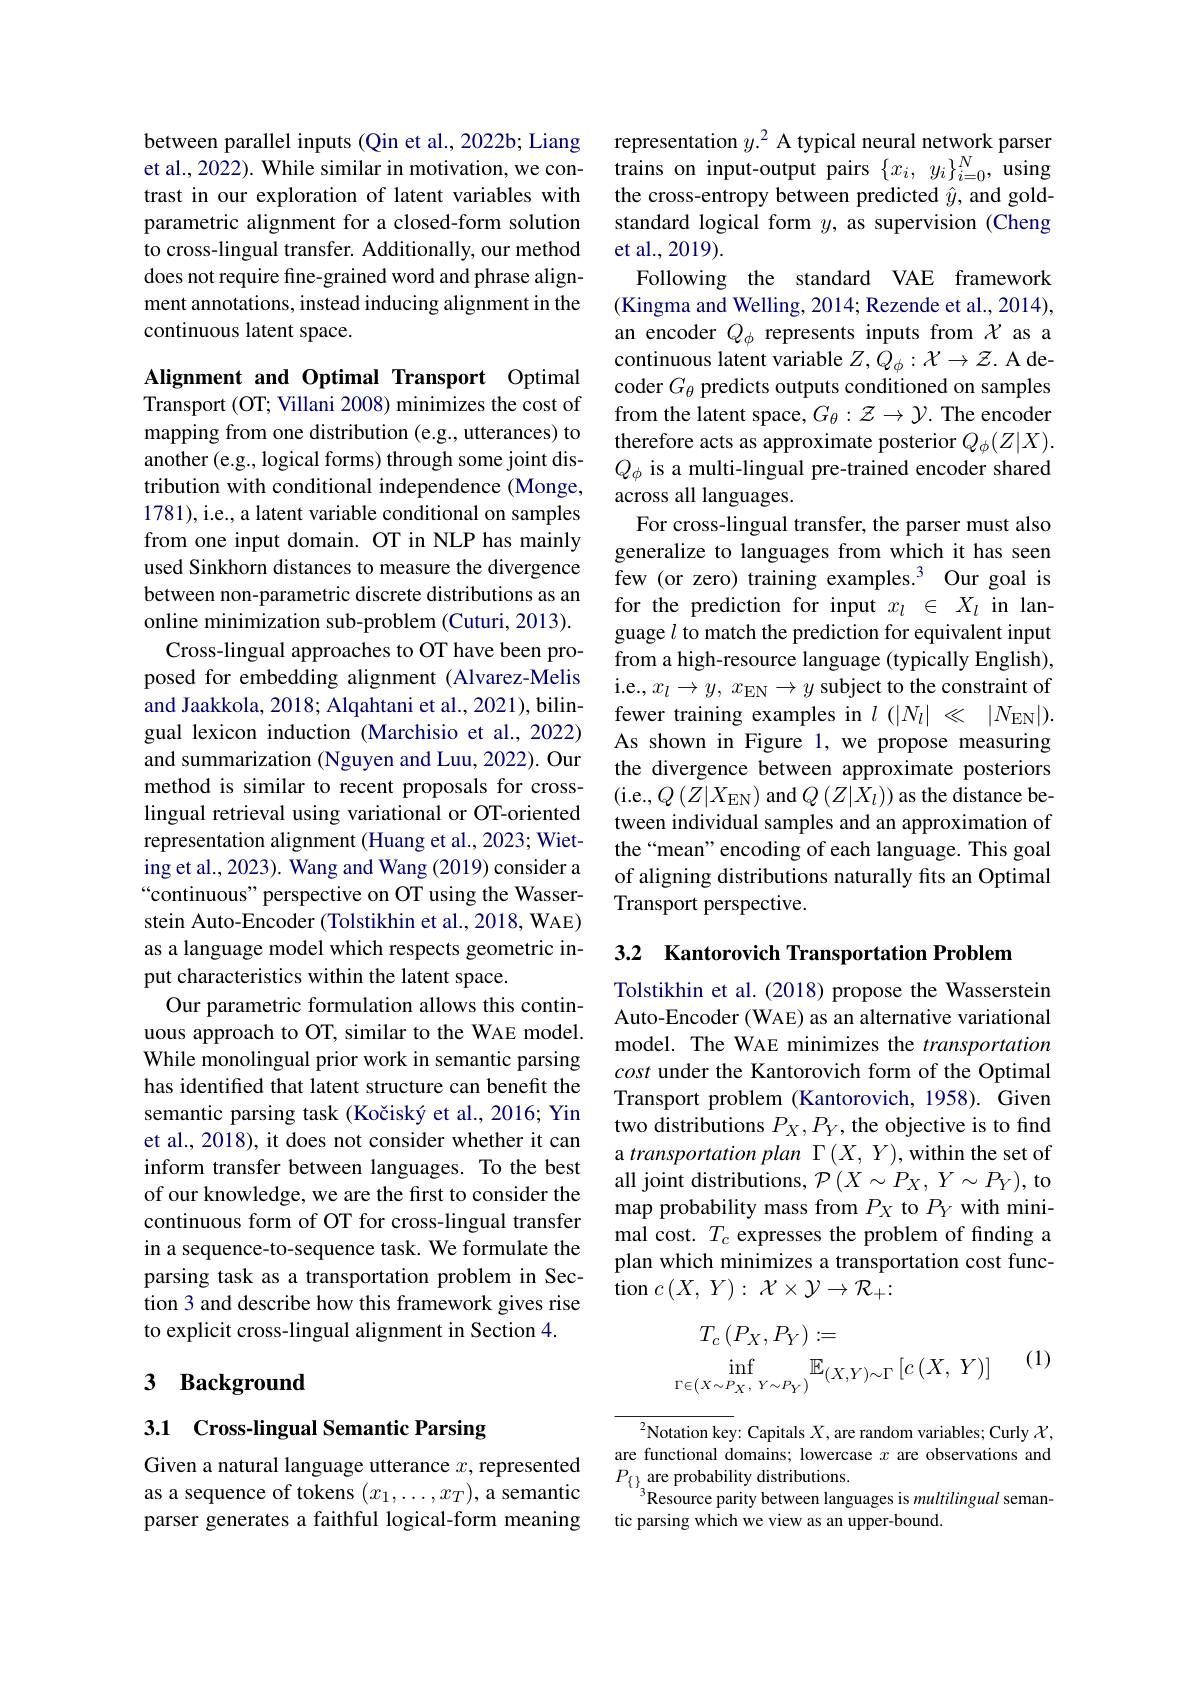
between parallel inputs( Qin et al. , 2022b; Liang representation $y. ^{2}$ A typical neural network parser et al. , 2022) . While similar in motivation, we con- trains on input- output pairs $\{ x_i, y_i\} _{i= 0}^N$, using
trast in our exploration of latent variables with parametric alignment for a closed-form solution to cross-lingual transfer. Additionally, our method does not require fine-grained word and phrase alignment annotations, instead inducing alignment in the continuous latent space.

Alignment and Optimal Transport Optimal Transport (OT; Villani 2008) minimizes the cost of mapping from one distribution (e.g., utterances) to another (e.g., logical forms) through some joint distribution with conditional independence (Monge, 1781), i.e., a latent variable conditional on samples from one input domain. OT in NLP has mainly used Sinkhorn distances to measure the divergence between non-parametric discrete distributions as an online minimization sub-problem (Cuturi, 2013). Cross-lingual approaches to OT have been proposed for embedding alignment (Alvarez-Melis and Jaakkola, 2018; Alqahtani et al., 2021), bilingual lexicon induction (Marchisio et al.,2022) and summarization (Nguyen and Luu, 2022). Our method is similar to recent proposals for crosslingual retrieval using variational or OT-oriented ing et al., 2023). Wang and Wang (2019) consider a “continuous" perspective on OT using the Wasserstein Auto-Encoder (Tolstikhin et al., 2018, WAE) as a language model which respects geometric input characteristics within the latent space.
Our parametric formulation allows this continuous approach to OT, similar to the WAE model. While monolingual prior work in semantic parsing has identified that latent structure can benefit the semantic parsing task (Kočiský et al., 2016; Yin et al., 2018), it does not consider whether it can inform transfer between languages. To the best of our knowledge, we are the first to consider the continuous form of OT for cross-lingual transfer in a sequence-to-sequence task. We formulate the parsing task as a transportation problem in Section 3 and describe how this framework gives rise to explicit cross-lingual alignment in Section 4.

## 3 Background

3.1 Cross-lingual Semantic Parsing

Given a natural language utterance $x$, represented as a sequence of tokens $(x_1,\ldots,x_T)$,a semantic parser generates a faithful logical-form meaning

the cross-entropy between predicted $\hat{y}$, and goldstandard logical form $y$,as supervision (Cheng et al., 2019).
Following the standard VAE framework (Kingma and Welling, 2014; Rezende et al., 2014), an encoder $Q_\phi$ represents inputs from $\chi$ as a continuous latent variable $Z,Q_\phi:\mathcal{X}\to\mathcal{Z}.$ A decoder $G_\theta$ predicts outputs conditioned on samples from the latent space, $G_\theta:\mathcal{Z}\to\mathcal{Y}.$ The encoder therefore acts as approximate posterior $Q_\phi(Z|X).$ $Q_\phi$ is a multi-lingual pre-trained encoder shared across all languages.
For cross-lingual transfer, the parser must also generalize to languages from which it has seen few (or zero) training examples.$^3$ Our goal is for the prediction for input $x_l\in X_l$ in language $l$ to match the prediction for equivalent input from a high-resource language (typically English), i.e., $x_l\to y$, $x_\mathrm{EN}\to y$ subject to the constraint of fewer training examples in $l\left(|N_{l}|\ll\:|N_{\mathrm{EN}}|\right).$ As shown in Figure 1, we propose measuring the divergence between approximate posteriors ( i. e. , Q$\left ( Z| X_{EN}\right )$and $Q\left ( Z| X_{l}\right )$as the distance be-
lingual retrı eval usı ng varı atı onal or Ol- orı ented tween individual samples and an approximation of representation alignment ( Huang et al. , 2023; Wiet- the“ mean" encoding of each language. This goal
the“mean”encoding of each language. This goal of aligning distributions naturally fits an Optimal Transport perspective.

3.2 Kantorovich Transportation Problem

Tolstikhin et al. (2018) propose the Wasserstein Auto-Encoder (WAE) as an alternative variational model. The WAE minimizes the transportation cost under the Kantorovich form of the Optimal Transport problem (Kantorovich, 1958). Given two distributions $P_X,P_Y$, the objective is to find a $transportationplan\Gamma(X,Y)$,within the set of all joint distributions, $\mathcal{P}\left(X\sim P_X,Y\sim P_Y\right)$, to map probability mass from $P_X$ to $P_Y$ with minimal cost. $T_c$ expresses the problem of finding a plan which minimizes a transportation cost function $c\left ( X, \:Y\right ) :$ $\mathcal{X} \times \mathcal{Y} \to \mathcal{R} _+ :$
$$\begin{aligned}T_{c}\left(P_{X},P_{Y}\right)&:=\\\inf_{\Gamma\in\left(X\sim P_{X},\:Y\sim P_{Y}\right)}\mathbb{E}_{\left(X,Y\right)\sim\Gamma}\left[c\left(X,\:Y\right)\right]\end{aligned}$$
(1)

${^{2}\text{Notation key: Capitals }X,\text{are random variables; Curly }\mathcal{X},}$ are functional domains; lowercase $x$ are observations and $P_{\{\}}$are probability distributions.
$^{3}$Resource parity between languages is multilingual seman-
tic parsing which we view as an upper-bound.